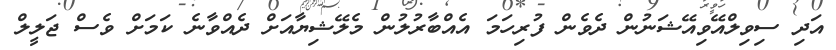
އަދި ސިވިލްއޭވިއޭޝަނުން ދެވެން ފުރިހަމަ އެއްބާރުލުން މެލޭޝިޔާއަށް ދެއްވާނެ ކަމަށް ވެސް ޖަލީލް